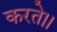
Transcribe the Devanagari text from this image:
करते।।